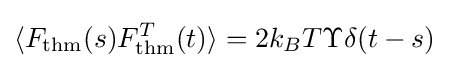
\langle F_{\mathrm {thm} }(s)F_{\mathrm {thm} }^{T}(t)\rangle =2k_{B}{T}\Upsilon \delta (t-s)